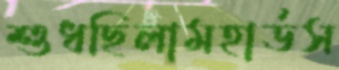
শুধছিলামহার্ডস